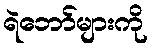
ရဲဘော်များကို